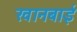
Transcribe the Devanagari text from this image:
खानबाई